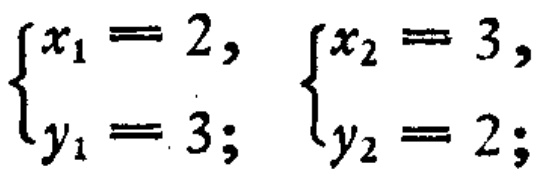
\(\begin{cases}x_1 = 2,\\y_1 = 3;\end{cases}\quad\begin{cases}x_2 = 3,\\y_2 = 2;\end{cases}\)